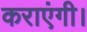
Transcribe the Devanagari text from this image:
कराएंगी।